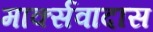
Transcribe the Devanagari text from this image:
मार्क्सवादास